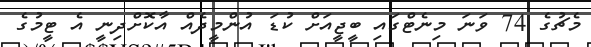
މެޗުގެ 74 ވަނަ މިނެޓްގައި ބީޖީއަށް ކުޑަ އުންމީދެއް އާކޮށްދިނީ އެ ޓީމުގެ